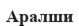
Аралши